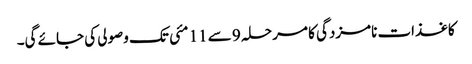
کاغذات نامزدگی کا مرحلہ 9 سے 11 مئی تک وصولی کی جائے گی۔